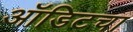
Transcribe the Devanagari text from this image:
ऑडिटचा